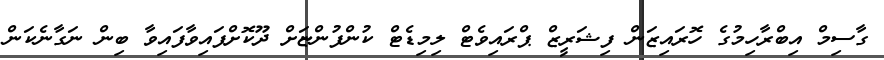
ގާސިމް އިބްރާހިމުގެ ހޮރައިޒަން ފިޝަރީޒް ޕްރައިވެޓް ލިމިޑެޓް ކުންފުންޏަށް ދޫކޮށްފައިވާފައިވާ ބިން ނަގާނެކަން